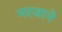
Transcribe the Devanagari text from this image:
मरजाने